Statistics compiled by the Government of India from the reports of provincial Civil Veterinary Departments
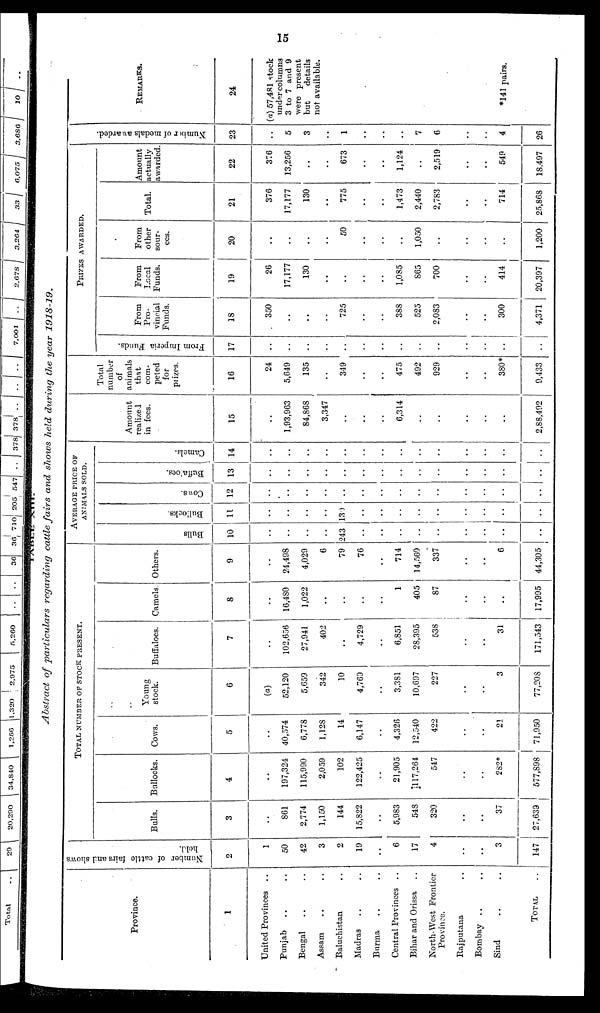
15
TABLE XIII
Abstract of particulars regarding cattle fairs and shows held during the year 1918-19.
Province.
1
United Provinces ..
Punjab .. ..
Bengal .. ..
Assam .. ..
Baluchistan ..
Madras .. ..
Burma .. ..
Central Provinces ..
Bihar and Orissa ..
North-West Frontier
Province.
Rajputana ..
Bombay .. ..
Sind .. ..
TOTAL ..
Number of cattle fairs and shows
held.
2
1
50
42
3
2
19
..
6
17
4
..
..
3
147
TOTAL
NUMBER
OF
STOCK
PRESENT.
Bulls.
3
..
861
2,774
1,150
144
15,822
..
5,983
548
320
..
..
37
27,639
Bullocks.
4
..
197,324
115,990
2,059
102
122,425
..
21,905
117,264
547
..
..
282*
577,898
Cows.
5
..
40,574
6,778
1,128
14
6,147
..
4,326
12,540
422
..
..
21
71,950
Young
stock.
6
(a)
52,120
5,659
342
10
4,769
..
3,381
10,697
227
..
..
3
77,208
Buffaloes.
7
..
102,656
27,941
402
..
4,729
..
6,851
28,395
538
..
..
31
171,543
Camels.
8
..
16,480
1,022
..
..
..
..
1
405
87
..
..
..
17,995
Others.
9
..
24,498
4,029
6
79
76
..
714
14,560
337
..
..
6
44,305
AVERAGE PRICE OF
ANIMALS SOLD.
Bulls
10
..
..
..
..
243
..
..
..
..
..
..
..
..
..
Bullocks.
11
..
..
..
..
139
..
..
..
..
..
..
..
..
..
Cows .
12
..
..
..
..
..
..
..
..
..
..
..
..
..
..
Buffaloes.
13
..
..
..
..
..
..
..
..
..
..
..
..
..
..
Camels.
14
..
..
..
..
..
..
..
..
..
..
..
..
..
..
Amount
realized
in fees.
15
..
1,93,963
84,868
3,347
..
..
6,314
..
..
..
..
..
2,88,492
Total
number
of
animals
that
com-
peted
for
prizes.
16
24
5,649
135
..
349
..
..
475
492
929
..
..
380*
9,433
PRIZES AWARDED.
Fr om I mper i
a Funds .
17
..
..
..
..
..
..
..
..
From
Pro-
vincial
Funds.
18
350
..
..
..
725
..
..
388
525
2,083
..
..
300
4,371
From
Local
Funds.
19
26
17,177
130
..
..
..
..
1,085
865
700
..
..
414
20,397
From
other
sour-
ces.
20
..
..
..
..
50
..
..
..
1,050
..
..
..
..
1,200
Total.
21
376
17,177
130
..
775
..
..
1,473
2,440
2,783
..
..
714
25,868
Amount
actually
awarded.
22
376
13,256
..
..
673
..
..
1,124
..
2,519
..
..
549
18,497
Nu mb e r of medals awarded.
23
..
5
3
..
1
..
..
..
7
6
..
..
4
26
REMARKS.
24
(a) 57,481 stock
under columns
3 to 7 and 9
were present
but
details
not available.
*141 pairs.